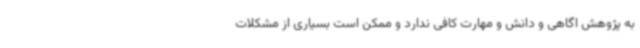
به پژوهش اگاهی و دانش و مهارت کافی ندارد و ممکن است بسیاری از مشکلات